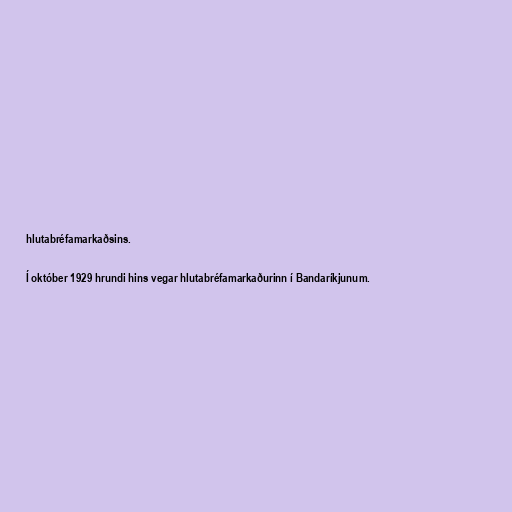
hlutabréfamarkaðsins.

Í október 1929 hrundi hins vegar hlutabréfamarkaðurinn í Bandaríkjunum.